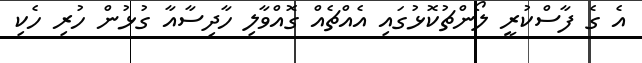
އެ ގެ ފާސްކުރީ ލޯންޗުކޮޅުގައި އެއްޗެއް ގޮއްވާލި ހާދިސާއާ ގުޅުން ހުރި ހެކި